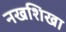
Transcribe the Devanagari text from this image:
नखशिखा